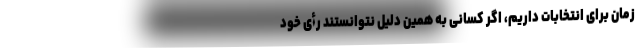
زمان برای انتخابات داریم، اگر کسانی به همین دلیل نتوانستند رأی خود